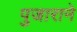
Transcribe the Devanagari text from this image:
पुजाराने